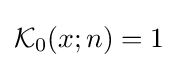
{\mathcal {K}}_{0}(x;n)=1